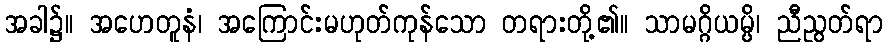
အခါ၌။ အဟေတူနံ၊ အကြောင်းမဟုတ်ကုန်သော တရားတို့၏။ သာမဂ္ဂိယမ္ပိ၊ ညီညွတ်ရာ